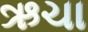
ઋચા